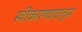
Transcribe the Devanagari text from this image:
स्वीकारण्यावाचून